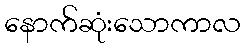
နောက်ဆုံးသောကာလ